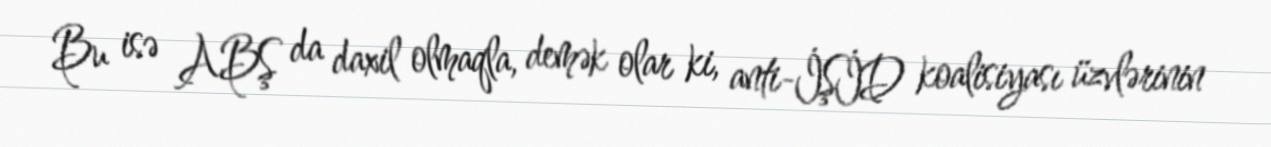
Bu isə ABŞ da daxil olmaqla, demək olar ki, anti-İŞİD koalisiyası üzvlərinin